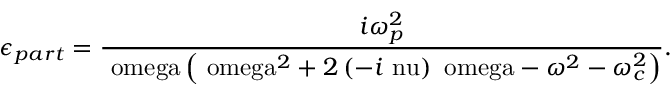
\epsilon _ { p a r t } = \frac { i \omega _ { p } ^ { 2 } } { \mathrm { \ o m e g a } \left( \mathrm { \ o m e g a } ^ { 2 } + 2 \left( - i \mathrm { \ n u } \right) \mathrm { \ o m e g a } - \mathrm { } \omega ^ { 2 } - \omega _ { c } ^ { 2 } \right) } .